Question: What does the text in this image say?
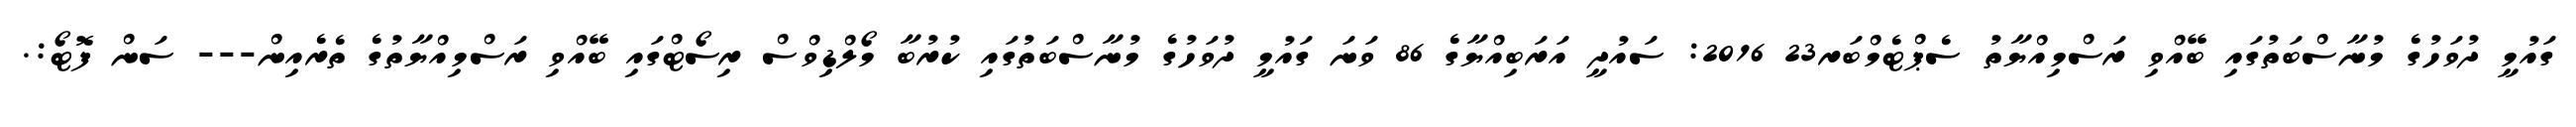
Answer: ގައުމީ ދުވަހުގެ މުނާސްބަތުގައި ބޭއްވި ރަސްމިއްޔާތު ސެޕްޓެމްބަރ23 2016: ސައުދީ އަރަބިއްޔާގެ 86 ވަނަ ގައުމީ ދުވަހުގެ މުނާސްބަތުގައި ކުރުބާ މޯލްޑިވްސް ރިސޯޓްގައި ބޭއްވި ރަސްމިއްޔާތުގެ ތެރެއިން--- ސަން ފޮޓޯ:.